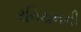
રનિયનની